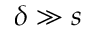
\delta \gg s